Regulations for the medical services of the Army of India
Year: 1930
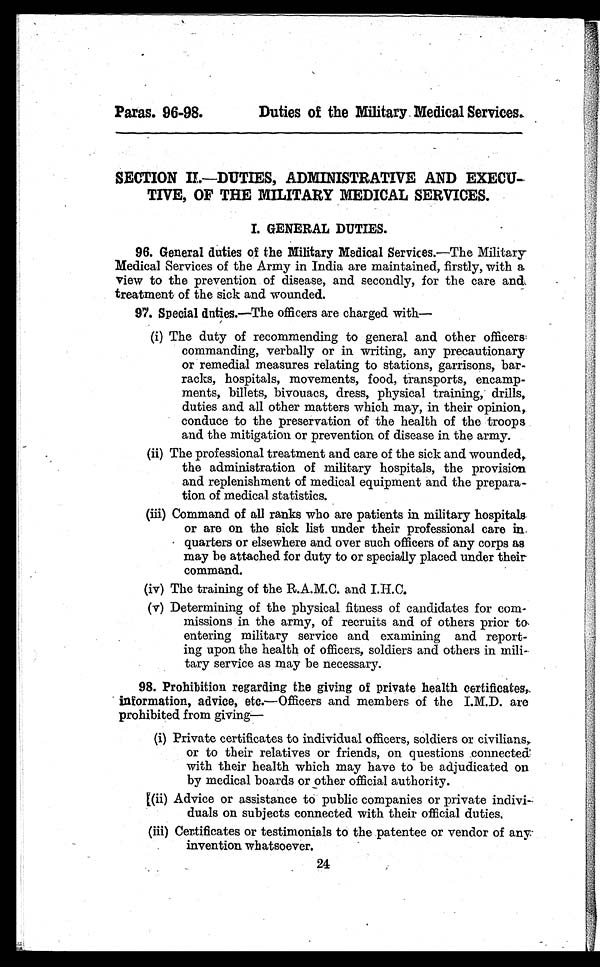
Paras. 96-98.
Duties of the Military Medical Services.
SECTION II.—DUTIES, ADMINISTRATIVE AND EXECU-
TIVE, OF THE MILITARY MEDICAL SERVICES.
I. GENERAL DUTIES.
96. General duties of the Military Medical Services.— The Military
Medical Services of the Army in India are maintained, firstly, with a
view to the prevention of disease, and secondly, for the care and
treatment of the sick and wounded.
97. Special duties.— The officers are charged with
—
(i) The duty of recommending to general and other officers
commanding, verbally or in writing, any precautionary
or remedial measures relating to stations, garrisons, bar-
racks, hospitals, movements, food, transports, encamp-
ments, billets, bivouacs, dress, physical training, drills,
duties and all other matters which may, in their opinion,
conduce to the preservation of the health of the troops
and the mitigation or prevention of disease in the army.
(ii) The professional treatment and care of the sick and wounded,
the administration of military hospitals, the provision
and replenishment of medical equipment and the prepara-
tion of medical statistics.
(iii) Command of all ranks who are patients in military hospitals
or are on the sick list under their professional care in
quarters or elsewhere and over such officers of any corps as
may be attached for duty to or specially placed under their
command.
(iv) The training of the R.A.M.C. and I.H.C.
(v) Determining of the physical fitness of candidates for com-
missions in the army, of recruits and of others prior to
entering military service and examining and report-
.
ing upon the health of officers, soldiers and others in mili-
tary service as may be necessary.
98. Prohibition regarding the giving of private health certificates,
information, advice, etc.— Officers and members of the I.M.D. are
prohibited from giving—
(i) Private certificates to individual officers, soldiers or civilians,
or to their relatives or friends, on questions connected
with their health which may have to be adjudicated on
by medical boards or other official authority.
(ii) Advice or assistance to public companies or private indivi-
duals on subjects connected with their official duties.
(iii) Certificates or testimonials to the patentee or vendor of any
invention whatsoever.
24